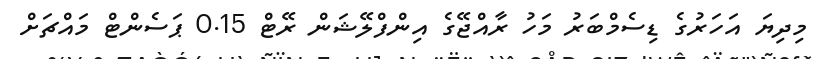
މިދިޔަ އަހަރުގެ ޑިސެމްބަރު މަހު ރާއްޖޭގެ އިންފްލޭޝަން ރޭޓް 0.15 ޕަސެންޓް މައްޗަށް